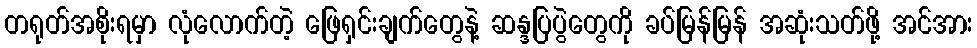
တရုတ်အစိုးရမှာ လုံလောက်တဲ့ ဖြေရှင်းချက်တွေနဲ့ ဆန္ဒပြပွဲတွေကို ခပ်မြန်မြန် အဆုံးသတ်ဖို့ အင်အား